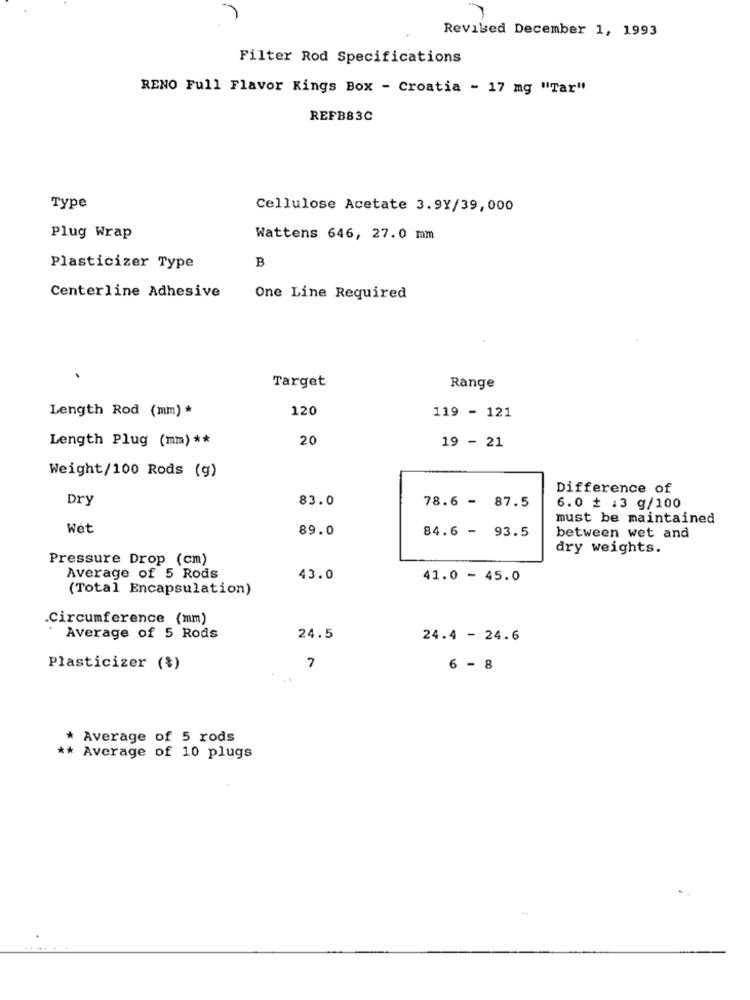
Revised December 1, 1993
Filter Rod Specifications
RENO Full Flavor Kings Box - Croatia - 17 mg "Tar"
REFB83C
Type
Cellulose Acetate 3.9Y/39,000
Plug Wrap
Wattens 646, 27.0 mm
B
Plasticizer Type
Centerline Adhesive
One Line Required
Target
Range
Length Rod (mm) *
120
119 - 121
Length Plug (mm) **
20
19 - 21
Weight/100 Rods (g)
Difference of
Dry
83.0
78.6 - 87.5
6.0 + :3 g/100
must be maintained
Wet
89.0
84.6 - 93.5
between wet and
dry weights.
Pressure Drop (cm)
Average of 5 Rods
43.0
41.0 - 45.0
(Total Encapsulation)
.Circumference (mm)
Average of 5 Rods
24.5
24.4 - 24.6
7
Plasticizer (%)
6 - 8
* Average of 5 rods
** Average of 10 plugs